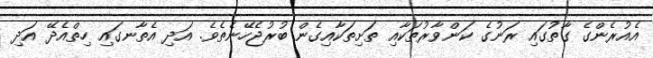
އެއުރެންގެ ގާތުގައި ރަނުގެ ކަންވާރުތަކާއި ތަށިތަކާއިގެން ބުރުޖެހޭނެތެވެ. އަދި އެތާނގައި ހިތްއެދޭ އަދި